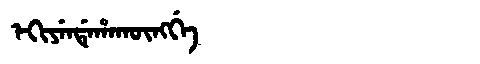
Manchu: ᡝᡴᡳᠶᡝᠨᡩᡝᡥᠠᡴᡡᠩᡤᡝ
Romanization: EKIYENDEHAKŪNGGE